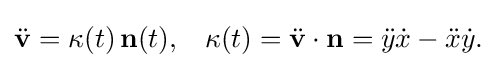
\displaystyle {{\ddot {\mathbf {v} }}=\kappa (t)\,\mathbf {n} (t),\,\,\,\,\,\kappa (t)={\ddot {\mathbf {v} }}\cdot \mathbf {n} ={\ddot {y}}{\dot {x}}-{\ddot {x}}{\dot {y}}.}